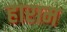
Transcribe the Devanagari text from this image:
हाराम